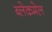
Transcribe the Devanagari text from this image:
ब्लेकमेल